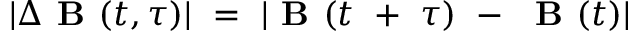
| \Delta \textbf { B } ( t , \tau ) | \ = \ | \textbf { B } ( t \ + \ \tau ) \ - \ \textbf { B } ( t ) |